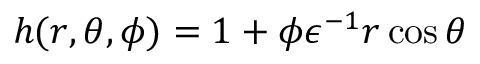
h ( r , \theta , \phi ) = 1 + \phi \epsilon ^ { - 1 } r \cos \theta